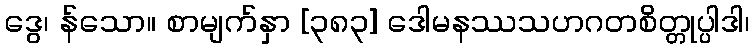
ဒွေ၊ န်သော။ စာမျက်နှာ [၃၈၃] ဒေါမနဿသဟဂတစိတ္တုပ္ပါဒါ၊